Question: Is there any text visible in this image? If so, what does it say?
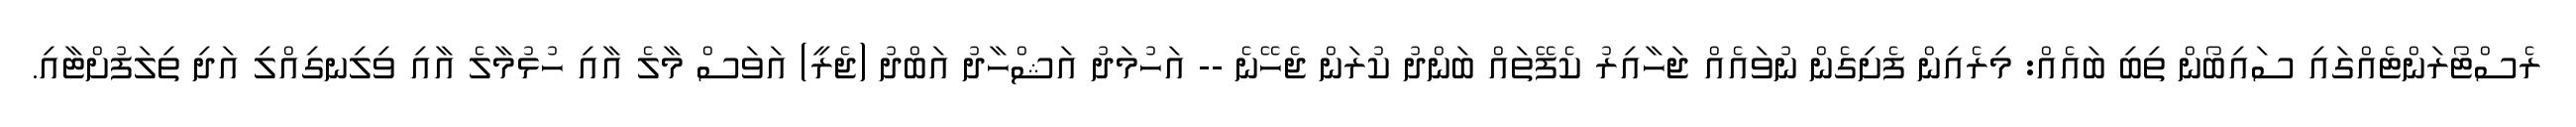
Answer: ރެސްޓޯރަންޓެއްގައި ސައިބޯން ތިބި ބައެއް: މިރެއިން ފެށިގެން ނުވައެއް ޖަހާއިރު ކެފޭތައް ބަންދު ކުރަން ޖެހޭނެ -- އަހުމަދު އަޝްހާދު އަބްދު (ޖެރީ) އަވަސް މާލެ އާއި ހުޅުމާލެ އާއި ވިލިނގިއްލި އަދި ތިލަފުށްޓާއި.